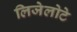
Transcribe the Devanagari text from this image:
लिजेलोटे